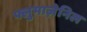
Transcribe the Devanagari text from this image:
फ्लुमाज़ेनिल